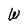
Character: W